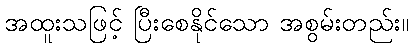
အထူးသဖြင့် ပြီးစေနိုင်သော အစွမ်းတည်း။